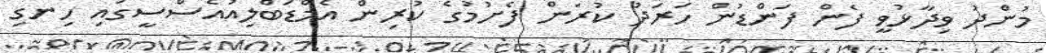
މުންދު ވިދާޅުވީ ފެން ފަންޑުން ހަރަދު ކުރަން ފެށުމުގެ ކުރިން އެމްޑަބްލިއުއެސްސީގައި ހިނގި